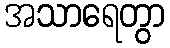
အသာရေတွာ